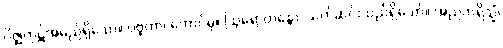
ဂိဇ္ဈကုဋ်အမည်ရှိသော။ ပဗ္ဗတာ၊ တောင်မှ။ ဩရောဟန္တော၊ သက်ဆင်းသည်ရှိသော်။ အညတရိသ္မိံ၊